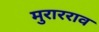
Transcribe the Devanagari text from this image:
मुरारराव